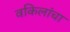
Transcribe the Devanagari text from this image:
वकिलांचा